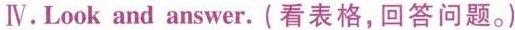
IV. Look and answer.(看表格，回答问题。)